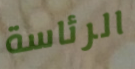
الرئاسة